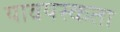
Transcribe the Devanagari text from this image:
यावयस्कता